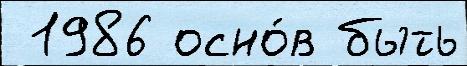
 1986 осно́в быть